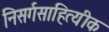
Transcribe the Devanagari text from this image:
निसर्गसाहित्यीक